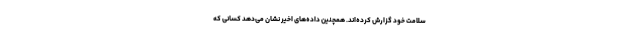
سلامت خود گزارش کرده‌اند. همچنین داده‌های اخیر نشان می‌دهد کسانی که